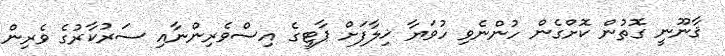
ޤާނޫނީ ގޮތުން ކޮށްގެން ހުންނެވި ހުވަޔާ ޚިލާފަށް ޕާޓީގެ އިސްވެރިންނާއި ސަރުކާރުގެ ވެރިން